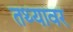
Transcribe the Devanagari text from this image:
तथ्यावर